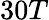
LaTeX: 30T